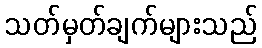
သတ်မှတ်ချက်များသည်